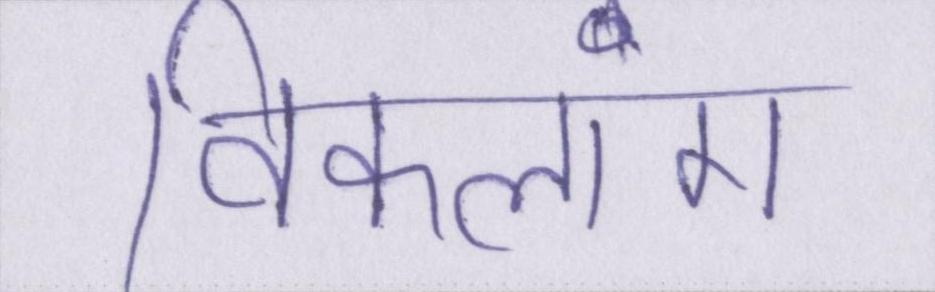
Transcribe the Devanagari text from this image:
विकलांग